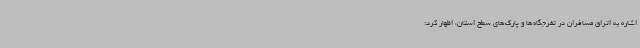
اشاره به اتراق مسافران در تفرجگاه‌ها و پارک‌های سطح استان، اظهار کرد: